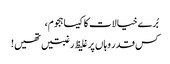
بُرے خیالات کا کیسا ہجوم،
کس قدر وہاں پر غلیظ رغبتیں تھیں!